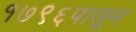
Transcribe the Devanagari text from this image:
१७९६पासून